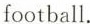
football.